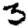
Digit: 3